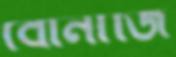
বোনার্জি